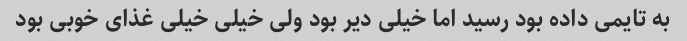
به تایمی داده بود رسید اما خیلی دیر بود ولی خیلی خیلی غذای خوبی بود